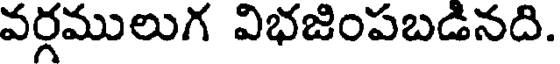
వర్గములుగ విభజింపబడినది.